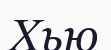
Хью